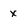
Character: x